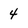
Character: 4